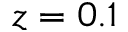
z = 0 . 1